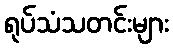
ရုပ်သံသတင်းများ